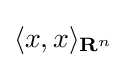
\langle x,x\rangle _{\mathbf {R} ^{n}}